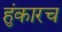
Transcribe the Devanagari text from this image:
हुंकारच